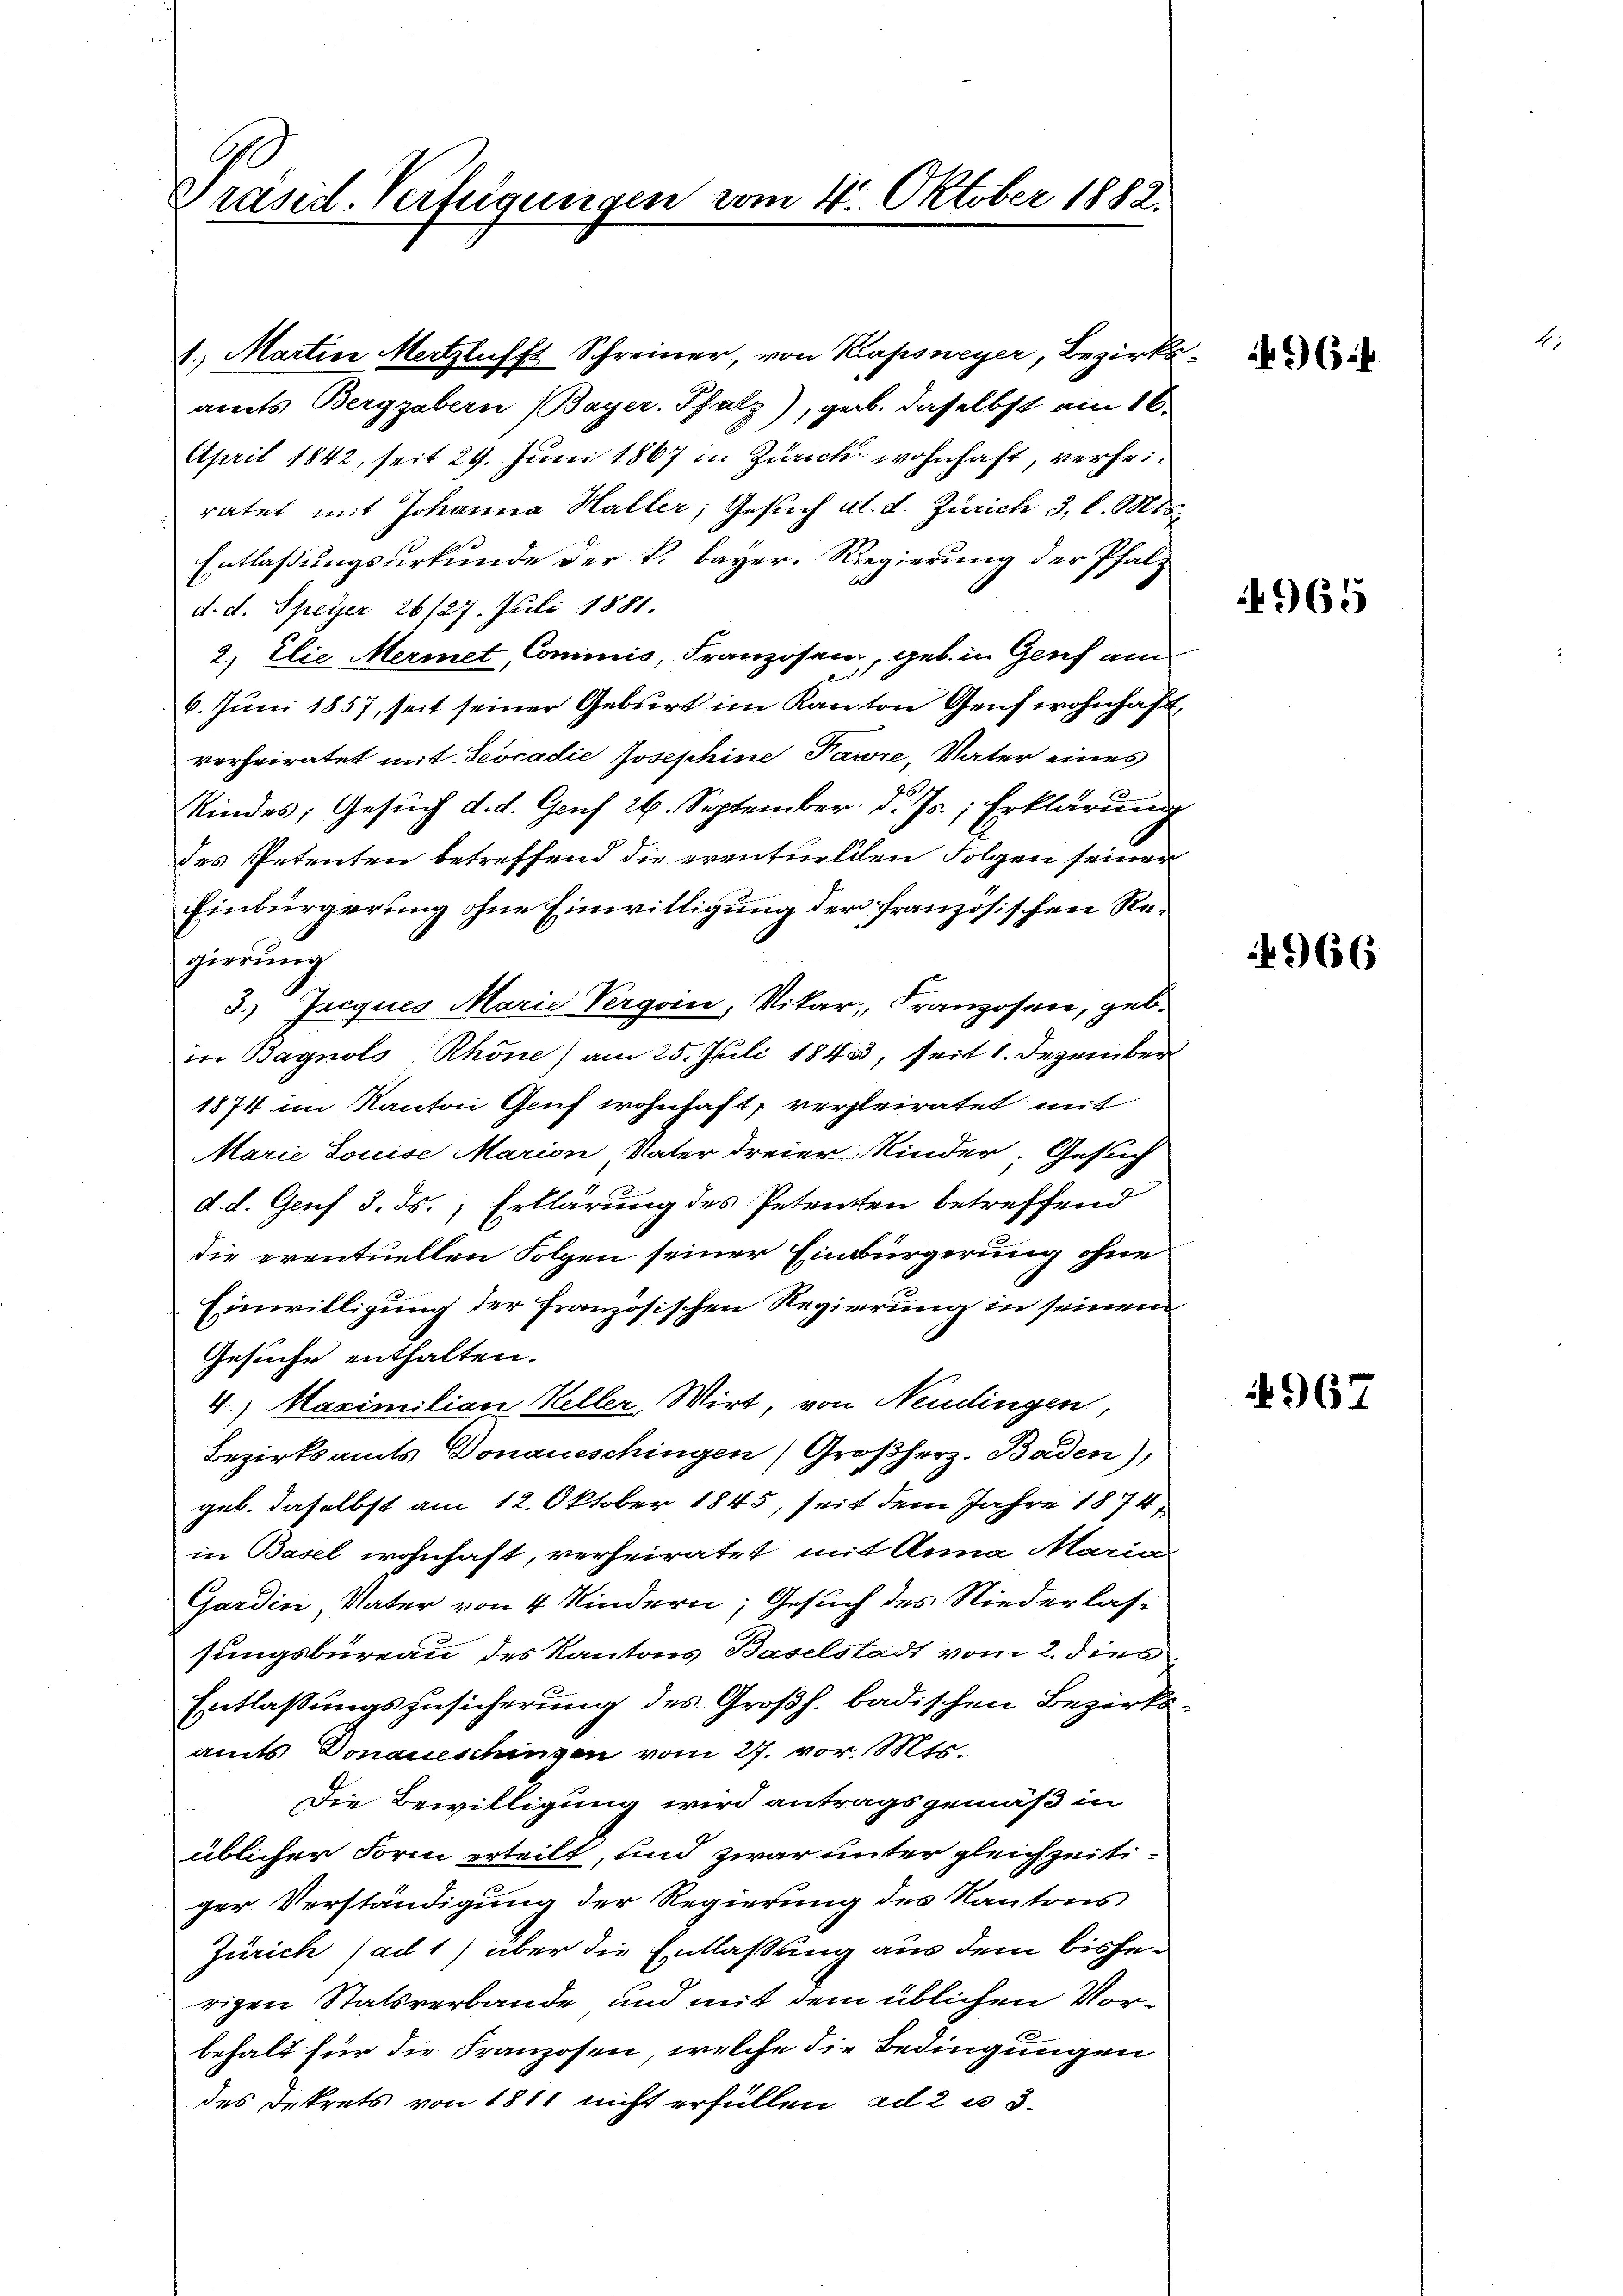
G.
Präsid. Verfügungen vom 4. Oktober 1882.

1. Martin Metzlichst Schreiner von Kapsneyer, Bezirksamts Berggabern (Bayer. Pfalz), geb. daselbst am 16.
April 1842, seit 29. Juni 1867 in Zürich wohnhaft, verheiratet mit Johanna Haller, Gesuch al. d. Zürich 3. l. Mts.
Entlaßungsurkunde der k. bayer. Regierung der Pfalz
d. d. Speyer 26/27. Juli 1881.
2.) Elie Mermet, Commis, Franzosen, geb. in Genf am
6. Juni 1857, seit seiner Geburt im Kanton Genf wohnhaft,
verheiratet mit Leocadie Josephine Pawre, Vater eines
Kindes; Gesuch d. d. Genf 26. September. d. Js., Erklärung
des Petenten betreffend die eventuelden Folgen seiner
Einbürgerung ohne Einwilligung der französischen Regierung
1.
3.) Jacques Marie Vergoin, Vikar, Franzosen, geb.
in Bagnols Rhone) am 25. Juli 1843, seit 1. Dezember
1874 im Kanton Genf wohnhaft, vergleiratet mit
Marie Louise Marion Vater dreier Kinder. Gesuch
d. d. Genf 3. ds., Erklärung des Petenten betreffend
die eventuellen Folgen seiner Einbürgerung ohne
Einwilligung der französischen Regierung in seinem
Gesuche enthalten.
4.) Maximilian Keller, Wirt, von Neudingen,
Bezirksamts Donaueschingen (Großherz. Baden),
geb. daselbst am 12. Oktober 1845, seit dem Jahre 1874,
in Basel wohnhaft, verheiratet, mit Anna Maria
Gardin Vater von 4 Kindern; Gesuch des Niederlas-
sungsbüreau des Kantons Baselstadt vom 2. dies
Entlaßungszusicherung des Großh. badischen Bezirksamts Donaueschingen vom 27. vor. Mts.
Die Bewilligung wird antragsgemäß in
üblicher Form erteilt, und zwar unter gleichzeitiger Verständigung der Regierung des Kantons
Zürich (ad 1) über die Entlaßung aus dem bisherigen Statsverbande und mit dem üblichen Vorbehalt für die Franzosen, welche die Bedingungen
des Dekrets von 1811 nicht erfüllen ad 2 u 3.

96.

965

4966

4967